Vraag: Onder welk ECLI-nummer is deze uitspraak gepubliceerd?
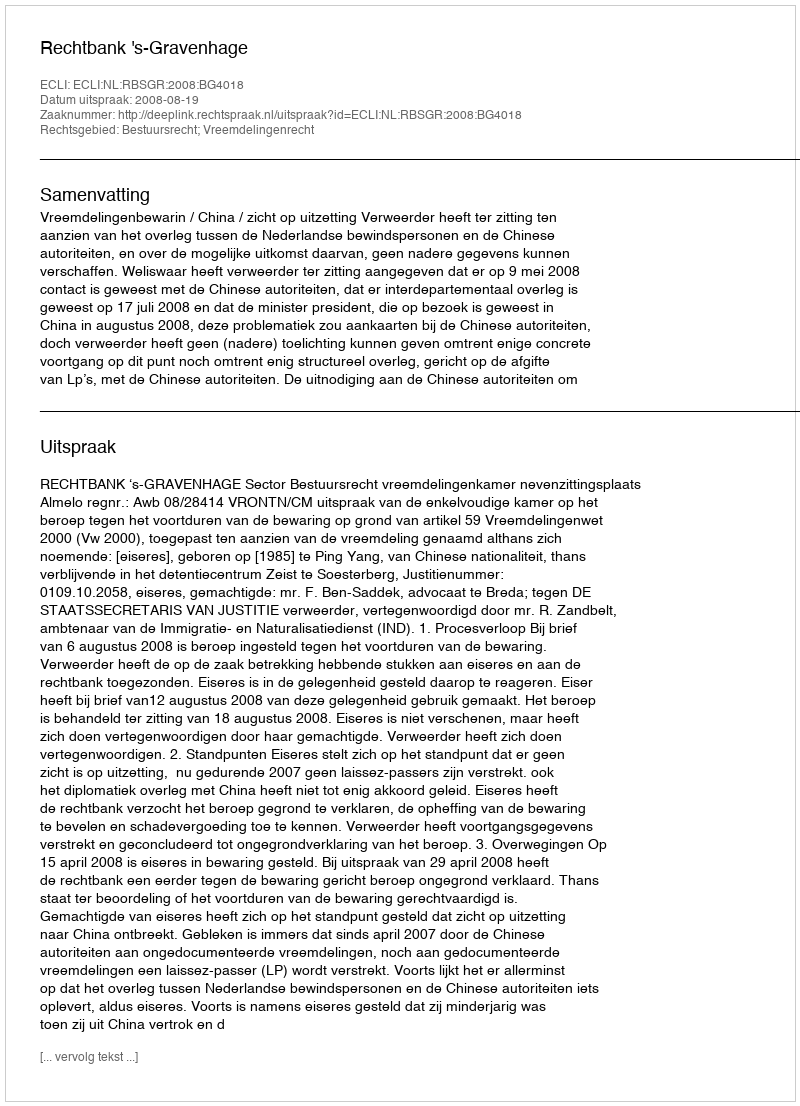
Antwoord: ECLI:NL:RBSGR:2008:BG4018